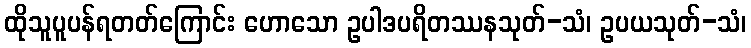
ထိုသူပူပန်ရတတ်ကြောင်း ဟောသော ဥပါဒပရိတဿနသုတ်-သံ၊ ဥပယသုတ်-သံ၊